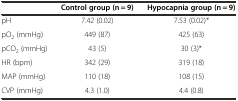
<table><thead><tr><td></td><td><b>Control group (n = 9)</b></td><td><b>Hypocapnia group (n = 9)</b></td></tr></thead><tbody><tr><td>pH</td><td>7.42 (0.02)</td><td>7.53 (0.02)*</td></tr><tr><td>pO<sub>2</sub> (mmHg)</td><td>449 (87)</td><td>425 (63)</td></tr><tr><td>pCO<sub>2</sub> (mmHg)</td><td>43 (5)</td><td>30 (3)*</td></tr><tr><td>HR (bpm)</td><td>342 (29)</td><td>319 (18)</td></tr><tr><td>MAP (mmHg)</td><td>110 (18)</td><td>108 (15)</td></tr><tr><td>CVP (mmHg)</td><td>4.3 (1.0)</td><td>4.4 (0.8)</td></tr></tbody></table>